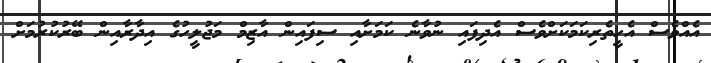
އެއްވެސް އެހީތެރިކަމަކަށްވެސް އެދިފައި ނުވާނެ ކަމަށާއި ސިފައިން އާޒިމް މަޖުލީހުގެ އިދާރާއިން ބޭރުކުރުމަށް